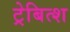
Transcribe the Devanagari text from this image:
ट्रेबित्श